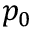
p _ { 0 }